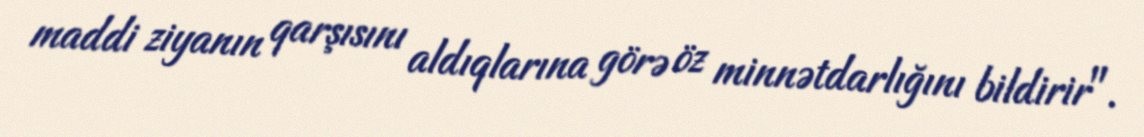
maddi ziyanın qarşısını aldıqlarına görə öz minnətdarlığını bildirir".